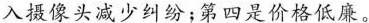
入摄像头减少纠纷；第四是价格低廉。